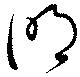
明